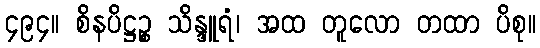
၄၉၄။ စိနပိဋ္ဌဉ္စ သိန္ဒူရံ၊ အထ တူလော တထာ ပိစု။